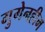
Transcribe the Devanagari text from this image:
गुगेनहीम